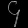
Digit: ၄